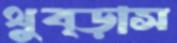
থুব্‌ড়াস